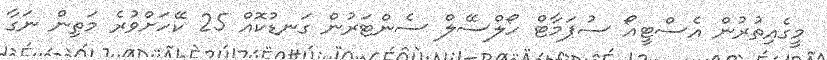
މީގެއިތުރުން އެސްޓީއޯ ސުޕަމާޓް ހޯލްސޭލް ސެންޓަރުން ގަނޑުކޮއް 25 ކޭހަށްވުރެ މަތިން ނަގާ